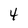
Character: 4